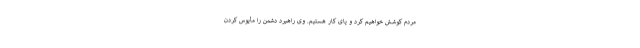
مردم کوشش خواهیم کرد و پای کار هستیم. وی راهبرد دشمن را مأیوس کردن